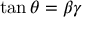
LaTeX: \tan \theta = \beta \gamma